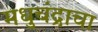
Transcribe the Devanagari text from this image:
मधुचंद्राचा